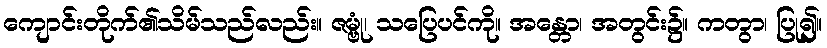
ကျောင်းတိုက်၏သိမ်သည်လည်း။ ဇမ္ဗုံ၊ သပြေပင်ကို။ အန္တော၊ အတွင်း၌။ ကတွာ၊ ပြု၍။